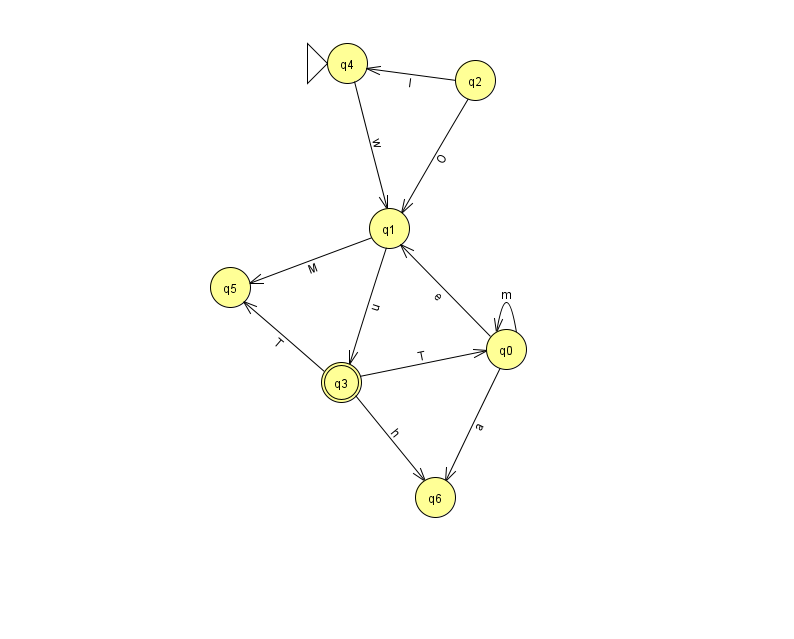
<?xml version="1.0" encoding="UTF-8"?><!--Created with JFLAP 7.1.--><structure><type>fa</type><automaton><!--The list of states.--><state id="0" name="q0"><x>506.0</x><y>336.0</y></state><state id="1" name="q1"><x>389.0</x><y>215.0</y></state><state id="2" name="q2"><x>475.0</x><y>67.0</y></state><state id="3" name="q3"><x>341.0</x><y>369.0</y><final/></state><state id="4" name="q4"><x>347.0</x><y>50.0</y><initial/></state><state id="5" name="q5"><x>230.0</x><y>274.0</y></state><state id="6" name="q6"><x>435.0</x><y>484.0</y></state><!--The list of transitions.--><transition><from>4</from><to>1</to><read>w</read></transition><transition><from>0</from><to>1</to><read>e</read></transition><transition><from>0</from><to>6</to><read>a</read></transition><transition><from>3</from><to>6</to><read>h</read></transition><transition><from>1</from><to>5</to><read>M</read></transition><transition><from>1</from><to>3</to><read>u</read></transition><transition><from>0</from><to>0</to><read>m</read></transition><transition><from>2</from><to>1</to><read>O</read></transition><transition><from>2</from><to>4</to><read>I</read></transition><transition><from>3</from><to>5</to><read>T</read></transition><transition><from>3</from><to>0</to><read>T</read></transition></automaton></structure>